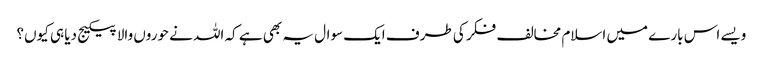
ویسے اس بارے میں اسلام مخالف فکر کی طرف ایک سوال یہ بھی ہے کہ اللہ نے حوروں والا پیکیج دیا ہی کیوں؟